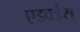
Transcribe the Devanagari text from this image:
एडवर्डस्‌